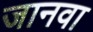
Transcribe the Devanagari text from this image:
जानवा